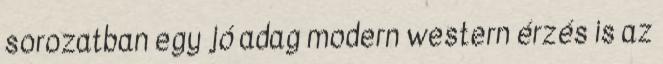
sorozatban egy jó adag modern western érzés is az